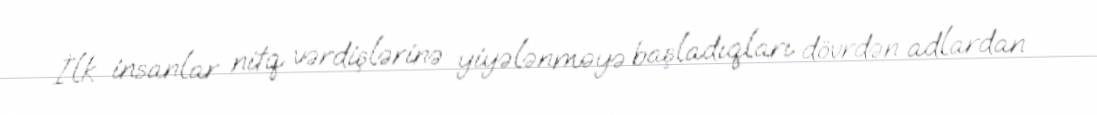
İlk insanlar nitq vərdişlərinə yiyələnməyə başladıqları dövrdən adlardan